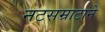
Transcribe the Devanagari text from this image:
नटसम्राटाने